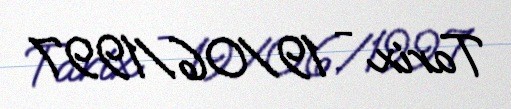
Tarix - 19/06/1997